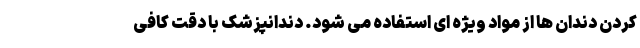
کردن دندان ها از مواد ویژه ای استفاده می شود. دندانپزشک با دقت کافی